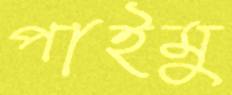
পাইমু